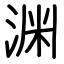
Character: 渊